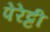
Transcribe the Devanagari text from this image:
पेरेट्टी